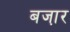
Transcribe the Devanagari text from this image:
बजा़र